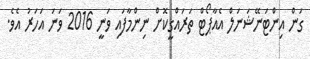
ގަން އިންޓަނޭޝަނަލް އެއާޕޯޓް ތަރައްގީކޮށް ނިންމާފައި ވަނީ 2016 ވަނަ އަހަރު އެވެ.